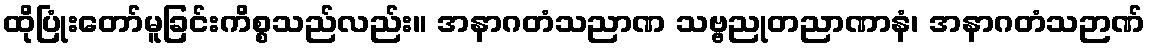
ထိုပြုံးတော်မူခြင်းကိစ္စသည်လည်း။ အနာဂတံသညာဏ သဗ္ဗညုတညာဏာနံ၊ အနာဂတံသဉာဏ်